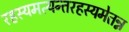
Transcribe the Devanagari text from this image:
रहस्यमत्यन्तरहस्यमेतन्न